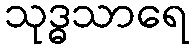
သုဒ္ဓသာရေ